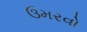
ઉમરવો